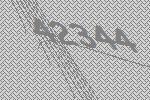
42344